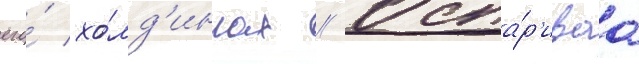
его́ хо́лд'ингах // Оспа́р'иваа